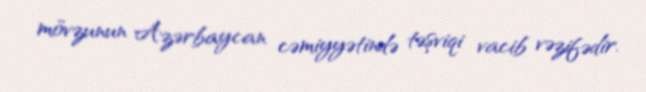
mövzunun Azərbaycan cəmiyyətində təşviqi vacib vəzifədir.